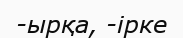
-ырқа, -ірке